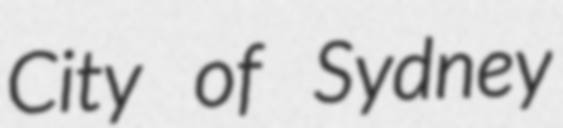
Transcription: City of Sydney